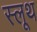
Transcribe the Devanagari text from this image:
स्लूथ